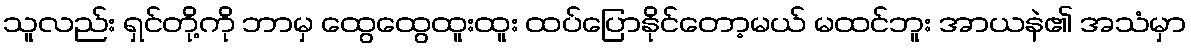
သူလည်း ရှင်တို့ကို ဘာမှ ထွေထွေထူးထူး ထပ်ပြောနိုင်တော့မယ် မထင်ဘူး အာယနဲ၏ အသံမှာ